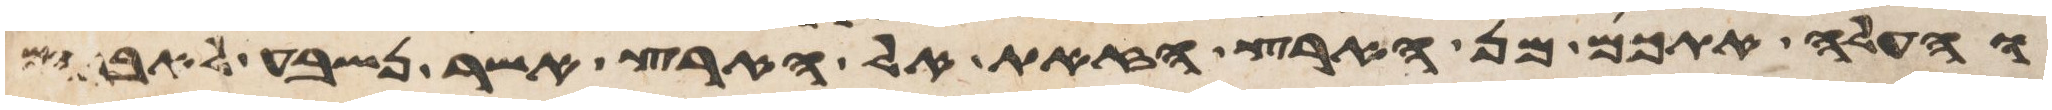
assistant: והעלה אתכם מן הארץ הזאת אל הארץ אשר נשבע לאברהם